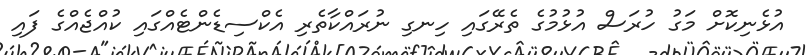
އުޅެނިކޮށް މަގު ހުރަސް އުޅުމުގެ ތެރޭގައި ހިނގި ނުރައްކާތެރި އެކްސިޑެންޓެއްގައި ކުއްޖެއްގެ ފައި